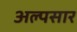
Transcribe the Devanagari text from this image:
अल्पसार